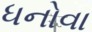
ધનોવા